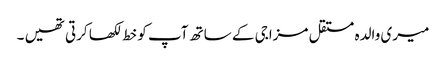
میری والدہ مستقل مزاجی کے ساتھ آپ کو خط لکھا کرتی تھیں ۔